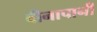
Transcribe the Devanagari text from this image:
बीनापानी